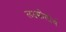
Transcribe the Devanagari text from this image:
लक्ष्मीतीर्थ